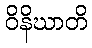
ဝိနိဃာတိ